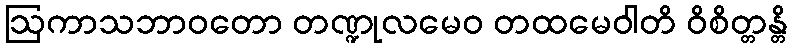
ဩကာသဘာဝတော တဏ္ဍုလမေဝ တထမေဝါတိ ဝိစိတ္တန္တိ